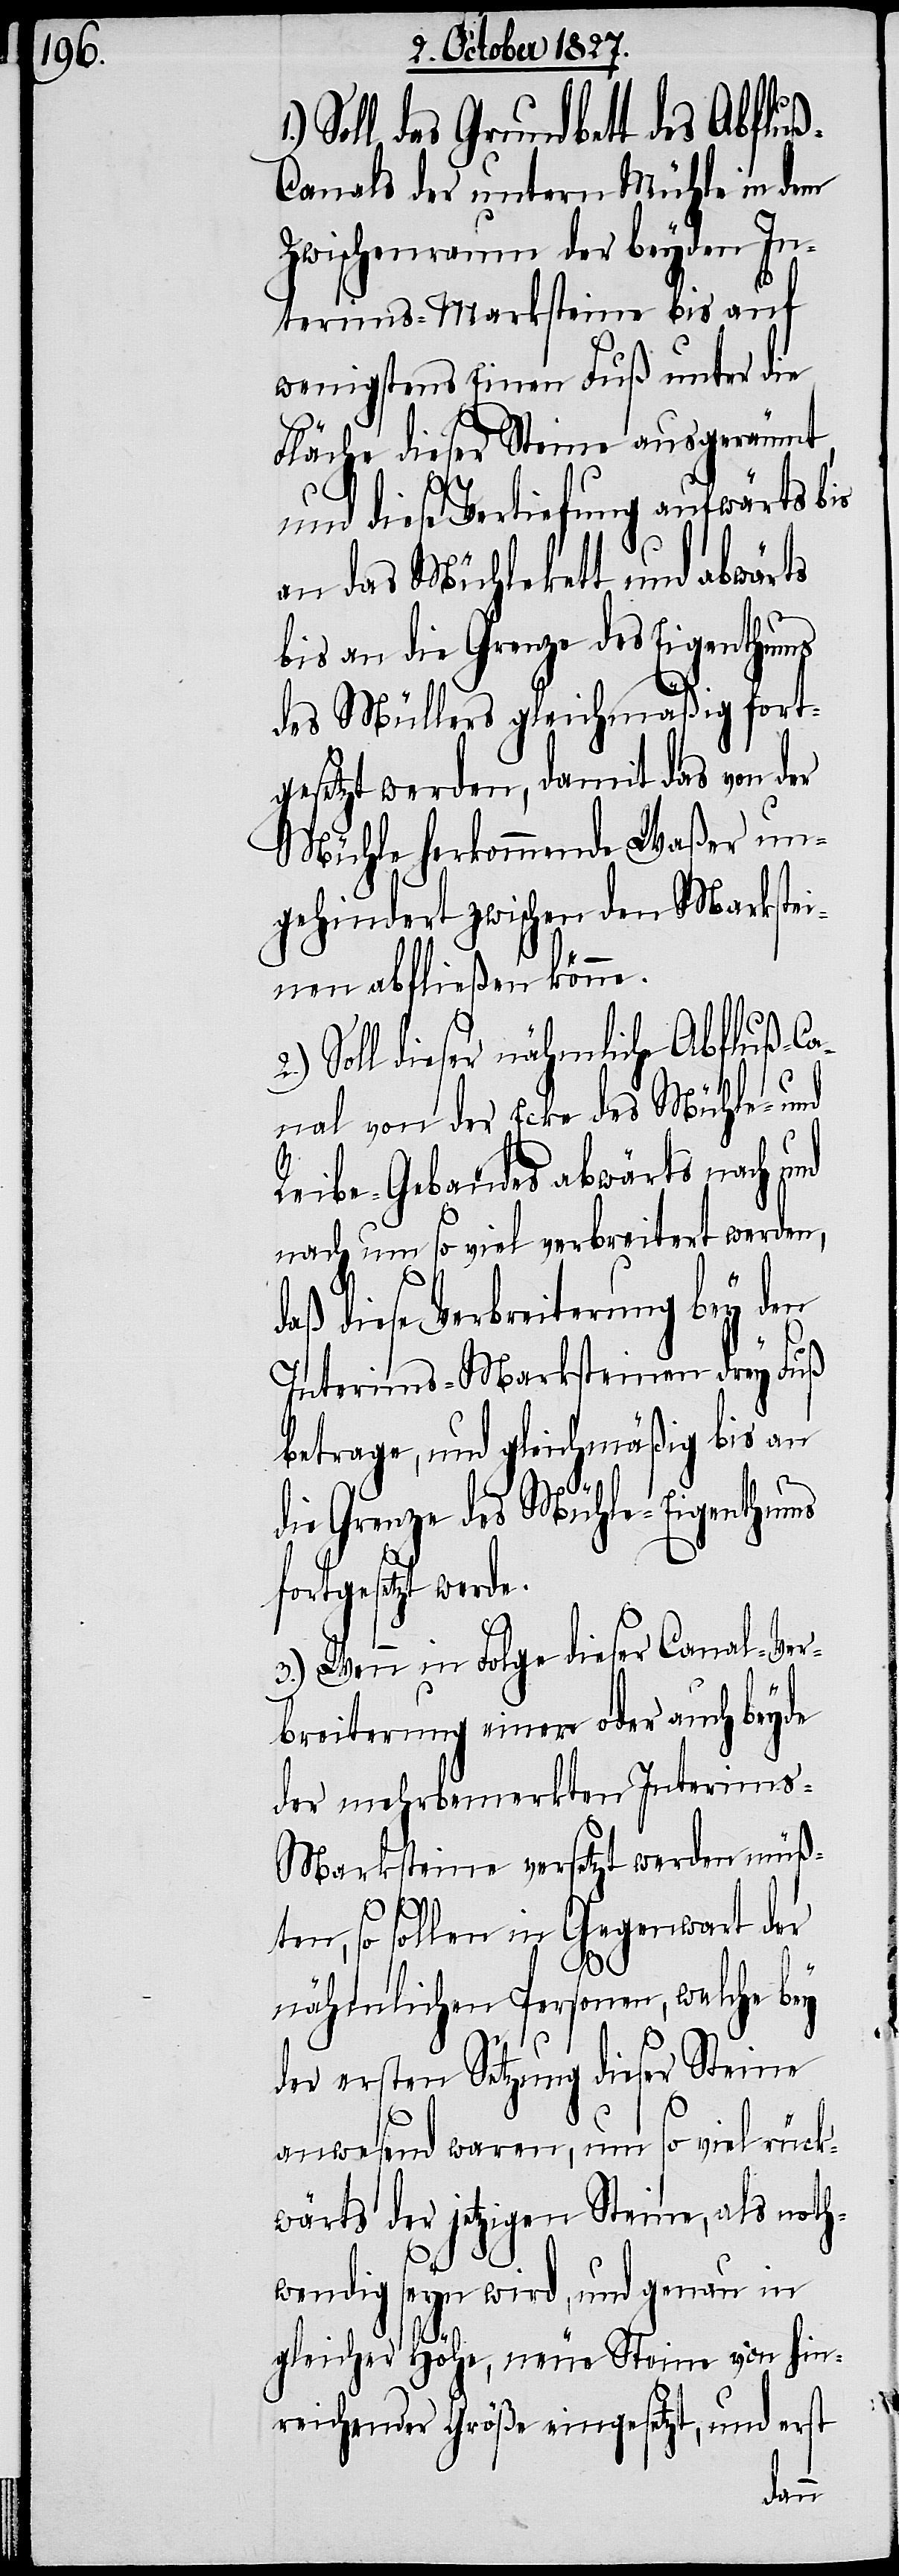
Soll das Grundbett des Abflu¬
ß-Canals der untern Mühle in dem
Zwischenraum der beyden In¬
terims-Marksteine bis auf
wenigstens Einen Fuß unter die
Fläche dieser Steine ausgeräumt
e.
und diese Vertiefung aufwärts bis
an das Mühlekett und abwärts
bis an die Grenze des Eigenthums
des Müllers gleichmäßig fort¬
gesetzt werden, damit das von der
Mühle herkommende Waßer un¬
gehindert zwischen den Markste¬
inen abfließen könne.
Soll dieser nähmliche Abfluß-Ca¬
nal von der Ecke des Mühle- und
Reibe-Gebäudes abwärts nach und
nach um so viel verbreitert werden,
daß diese Verbreiterung bey den
Interims-Marksteinen drey Fuß
betrage, und gleichmäßig bis an
die Grenze des Mühle-Eigenthums
fortgesetzt werd¬
3.) Wenn in Folge dieser Canals-Ver¬
breiterung einer oder auch beyde
der mehrbemerkten Interims-M¬
arksteine versetzt werden müß¬
ten, so sollen in Gegenwart der
1.)
nähmlichen Personen, welche bey
der ersten Setzung dieser Steine
anwesend waren, um so viel rück¬
wärts der jetzigen Steine, als noth¬
wendig seyn wird, und genau in
gleicher Höhe, neue Steine von hin¬
reichender Größe eingesetzt, und erst